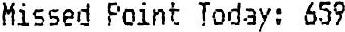
MISSED POINT TODAY: 659